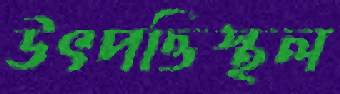
উৎপত্তিস্থল